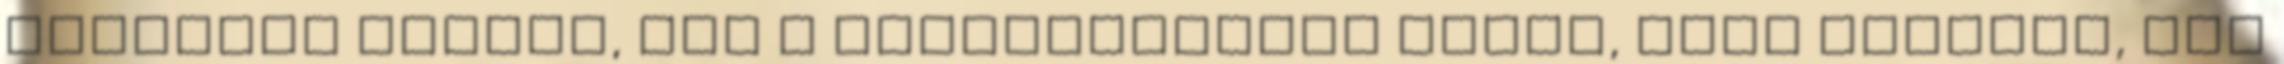
amelyben minden, ami a normalitástól eltér, csak kivétel, nem